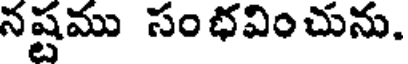
నష్టము సంభవించును.